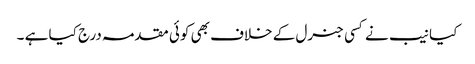
کیا نیب نے کسی جنرل کے خلاف بھی کوئی مقدمہ درج کیا ہے ۔